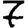
Digit: 7